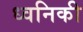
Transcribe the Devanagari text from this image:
ध्‍वनिकी